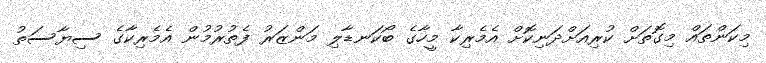
މިކަންތައް މިގޮތަށް ކުރިއަށްދަނިކޮށް އެމެރިކާ މީހާގެ ބޯކަނޑާލި މަންޒަރު ފެތުރުމުން އެމެރިކާގެ ސިޔާސަތު